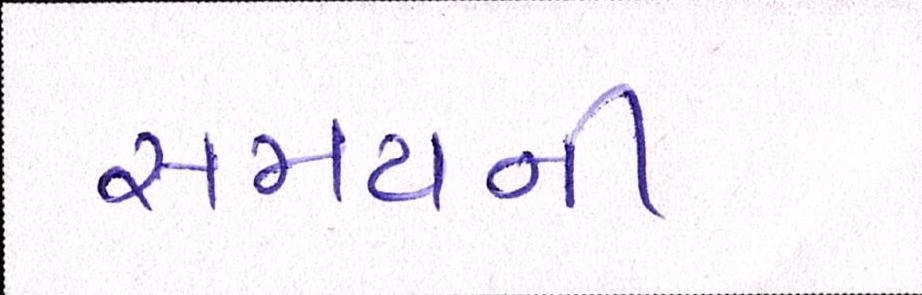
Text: સમયની